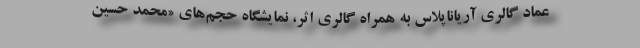
عماد گالری آریاناپلاس به همراه گالری اثر، نمایشگاه حجم‌های «محمد حسین